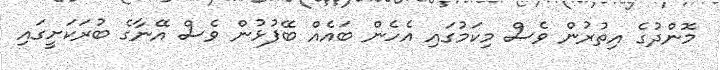
މޮންދުގެ އިތުރުން ވެސް މިކަމުގައި އެހެން ބައެއް ބޭފުޅުން ވެސް އޭނާގެ ބުރަކަށީގައި